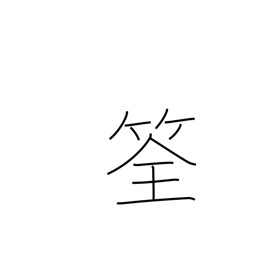
Meaning: fish trap